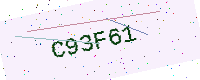
Text: C93F61